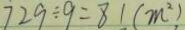
7 2 9 \div 9 = 8 1 ( m ^ { 2 } )